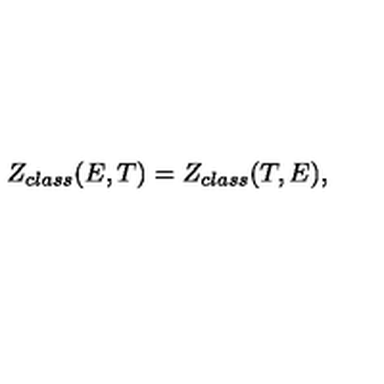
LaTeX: Z _ { c l a s s } ( E , T ) = Z _ { c l a s s } ( T , E ) ,